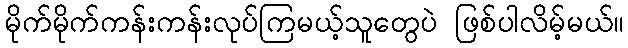
မိုက်မိုက်ကန်းကန်းလုပ်ကြမယ့်သူတွေပဲ ဖြစ်ပါလိမ့်မယ်။